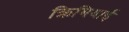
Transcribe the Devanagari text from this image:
क्रिमियाई